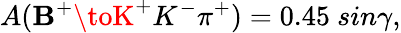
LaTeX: A(\mathbf{B}^{+}\toK^{+}K^{-}\pi^{+})=0.45~sin\gamma,